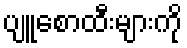
ပျူစောထီးများကို